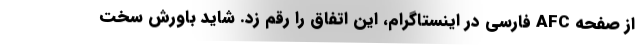
از صفحه AFC فارسی در اینستاگرام، این اتفاق را رقم زد. شاید باورش سخت